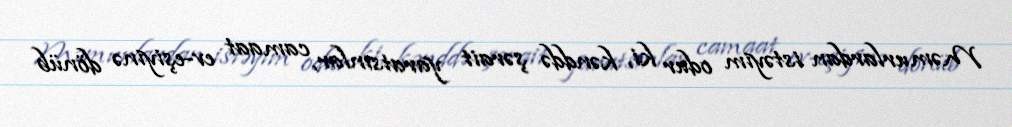
Məmurlardan istəyim odur ki, kənddə şərait yaratsınlar, camaat ev-eşiyinə dönüb